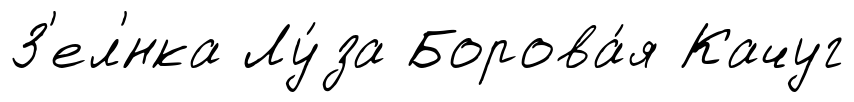
З'ел'́нка Лу́за Борова́я Качуг